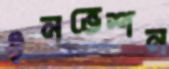
ইনভেশন